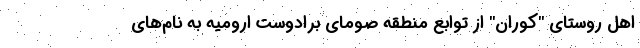
اهل روستای "کوران" از توابع منطقه صومای برادوست ارومیه به نام‌های